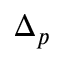
\Delta _ { p }